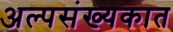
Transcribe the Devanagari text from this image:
अल्पसंख्यकात